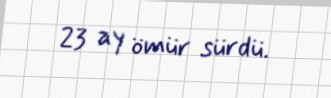
23 ay ömür sürdü.